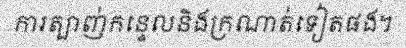
ការត្បាញ់កន្ទេលនិងក្រណាត់ទៀតផង។